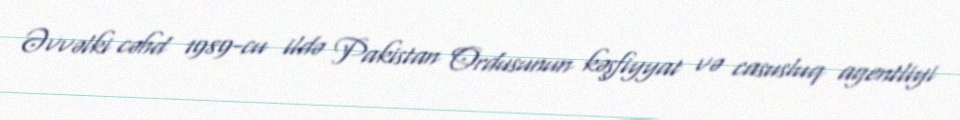
Əvvəlki cəhd 1989-cu ildə Pakistan Ordusunun kəşfiyyat və casusluq agentliyi